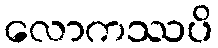
လောကဿပိ